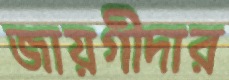
জায়গীদার